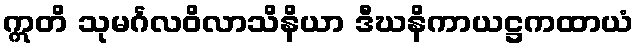
ဣတိ သုမင်္ဂလဝိလာသိနိယာ ဒီဃနိကာယဋ္ဌကထာယံ